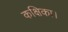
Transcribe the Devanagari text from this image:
कक्षिका।